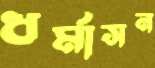
ধর্মাসন